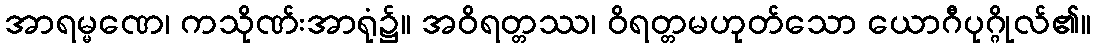
အာရမ္မဏေ၊ ကသိုဏ်းအာရုံ၌။ အဝိရတ္တဿ၊ ဝိရတ္တမဟုတ်သော ယောဂီပုဂ္ဂိုလ်၏။